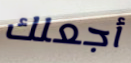
أجعلك